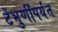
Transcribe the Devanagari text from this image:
टेंभुर्णींपर्यंत